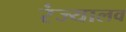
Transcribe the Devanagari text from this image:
रंज्यालव